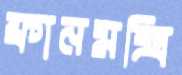
ফ্রানমক্সি